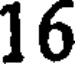
16